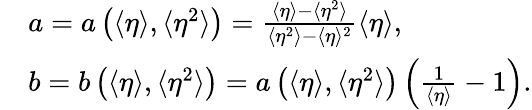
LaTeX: \begin{array}{rl}&{a=a\left(\langle\eta\rangle,\langle\eta^{2}\rangle\right)=\frac{\langle\eta\rangle-\langle\eta^{2}\rangle}{\langle\eta^{2}\rangle-\langle\eta\rangle^{2}}\langle\eta\rangle,}\\ &{b=b\left(\langle\eta\rangle,\langle\eta^{2}\rangle\right)=a\left(\langle\eta\rangle,\langle\eta^{2}\rangle\right)\left(\frac{1}{\langle\eta\rangle}-1\right).}\end{array}